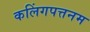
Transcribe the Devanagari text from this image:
कलिंगपत्तनम